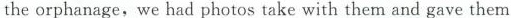
the orphanage,we had photos take with them and gave them